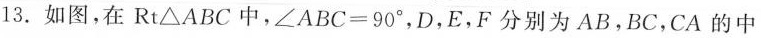
13.如图，在Rt\triangle ABC中，$$\angle ABC=90^{\circ}$$，D，E，F分别为AB，BC，CA的中